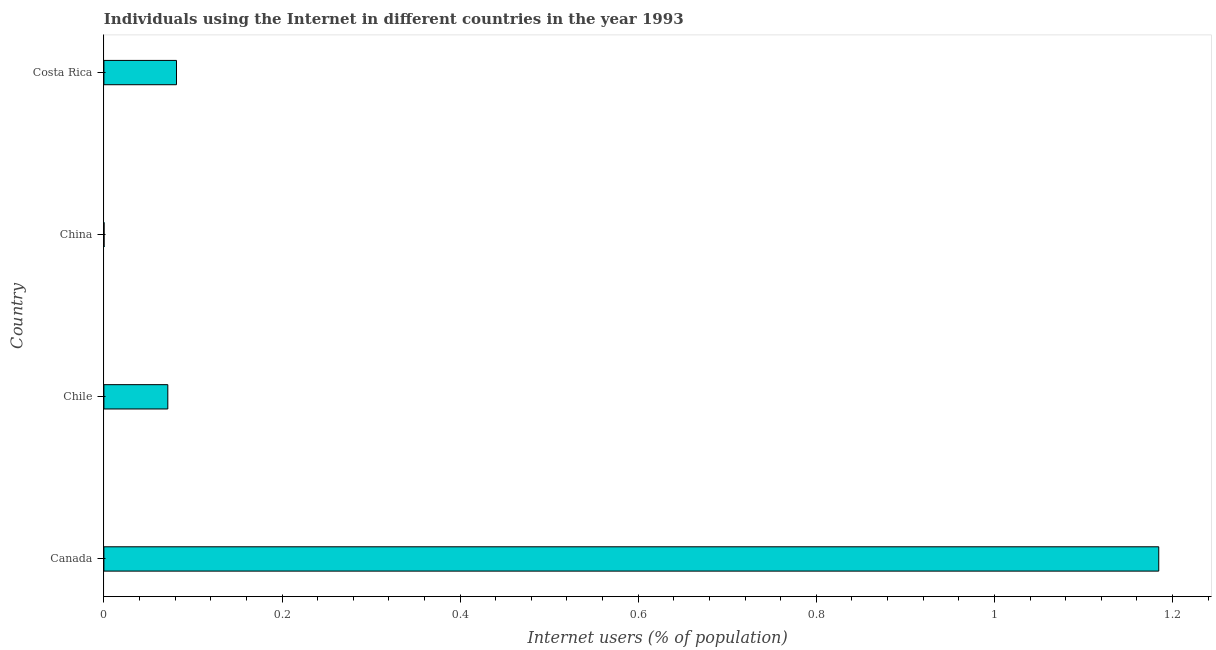
| Country | Internet users |
 | --- | --- |
 | Canada | 1.18 |
 | Chile | 0.0718 |
 | China | 0.000169 |
 | Costa Rica | 0.0815 |